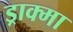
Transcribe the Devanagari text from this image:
ड्राक्मा